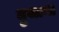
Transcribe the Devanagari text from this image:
दुजाना